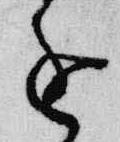
進